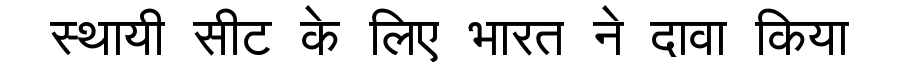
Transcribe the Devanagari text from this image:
स्थायी सीट के लिए भारत ने दावा किया